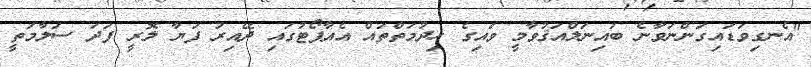
"އެނގިވަޑައިގަންނަވާނެ ބައިނަލްއަޤުވާމީ ވައިގެ ހިދުމަތްތައް އެއާޕޯޓުގައި ދޭއިރު ފަޔާ ލޮރީ ފަދަ ސަލާމަތީ